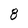
Character: 8